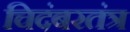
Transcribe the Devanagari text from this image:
चिदंबरतंत्र